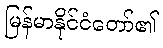
မြန်မာနိုင်ငံတော်၏